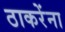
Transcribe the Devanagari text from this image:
ठाकरेंना